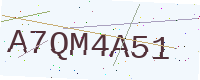
Text: A7QM4A51